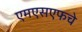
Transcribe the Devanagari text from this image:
एमएसएफचे